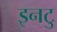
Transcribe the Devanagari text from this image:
इनटु